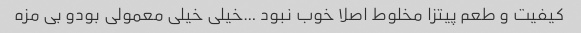
کیفیت و طعم پیتزا مخلوط اصلا خوب نبود …خیلی خیلی معمولی بود‌و بی مزه